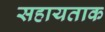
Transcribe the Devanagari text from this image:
सहायताक